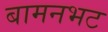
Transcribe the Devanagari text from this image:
बामनभट